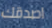
اصدقك